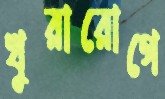
খুরারোগে